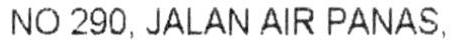
NO 290, JALAN AIR PANAS,